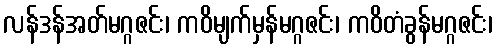
လန်ဒန်အတ်မဂ္ဂဇင်း၊ ကဝိမျက်မှန်မဂ္ဂဇင်း၊ ကဝိတံခွန်မဂ္ဂဇင်း၊